Annual report of the Imperial Bacteriologist
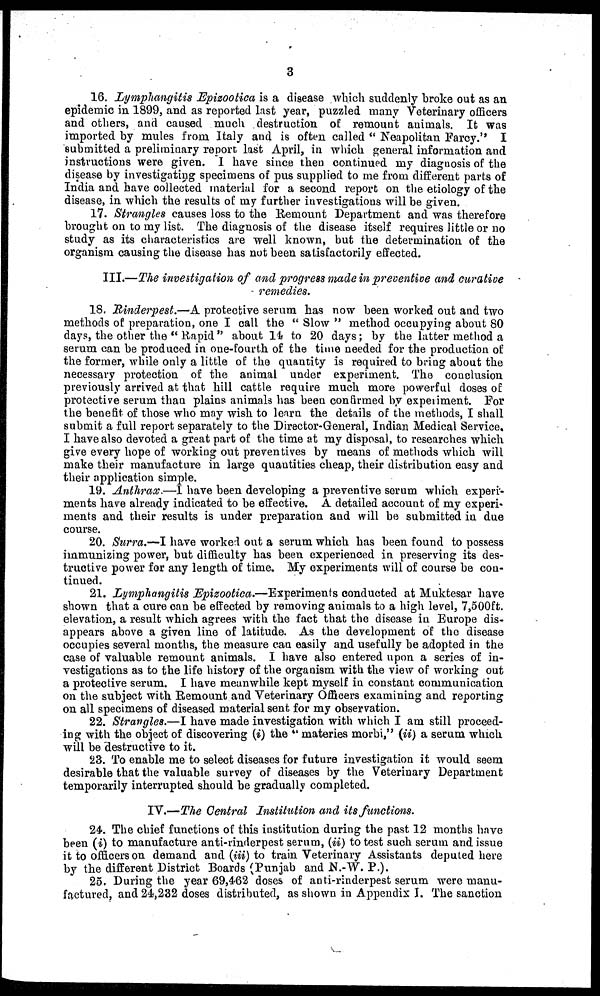
3
16. Lymphangitis Epizootica is a disease which suddenly broke out as an
epidemic in 1899, and as reported last year, puzzled many Veterinary officers
and others, and caused much destruction of remount animals. It was
imported by mules from Italy and is often called " Neapolitan Farcy." I
submitted a preliminary report last April, in which general information and
instructions were given. I have since then continued my diagnosis of the
disease by investigating specimens of pus supplied to me from different parts of
India and have collected material for a second report on the etiology of the
disease, in which the results of my further investigations will be given.
17. Strangles causes loss to the Remount Department and was therefore
brought on to my list. The diagnosis of the disease itself requires little or no
study as its characteristics are well known, but the determination of the
organism causing the disease has not been satisfactorily effected.
III.—The investigation of and progress made in preventive and curative
remedies.
18. Rinderpest.—A protective serum has now been worked out and two
methods of preparation, one I call the " Slow " method occupying about 80
days, the other the " Rapid " about 14 to 20 days ; by the latter method a
serum can be produced in one-fourth of the time needed for the production of
the former, while only a little of the quantity is required to bring about the
necessary protection of the animal under experiment. The conclusion
previously arrived at that hill cattle require much more powerful doses of
protective serum than plains animals has been confirmed by experiment. For
the benefit of those who may wish to learn the details of the methods, I shall
submit a full report separately to the Director-General, Indian Medical Service.
I have also devoted a great part of the time at my disposal, to researches which
give every hope of working out preventives by means of methods which will
make their manufacture in large quantities cheap, their distribution easy and
their application simple.
19. Anthrax.—I have been developing a preventive serum which experi-
ments have already indicated to be effective. A detailed account of my experi-
ments and their results is under preparation and will be submitted in due
course.
20. Surra.—I have worked out a serum which has been found to possess
immunizing power, but difficulty has been experienced in preserving its des-
tructive power for any length of time. My experiments will of course be con-
tinued.
21. Lymphangitis Epizootica.—Experiments conducted at Muktesar have
shown that a cure can be effected by removing animals to a high level, 7,500ft.
elevation, a result which agrees with the fact that the disease in Europe dis-
appears above a given line of latitude. As the development of the disease
occupies several months, the measure can easily and usefully be adopted in the
case of valuable remount animals. I have also entered upon a series of in-
vestigations as to the life history of the organism with the view of working out
a protective serum. I have meanwhile kept myself in constant communication
on the subject with Remount and Veterinary Officers examining and reporting
on all specimens of diseased material sent for my observation.
22. Strangles.—I have made investigation with which I am still proceed-
ing with the object of discovering (i) the " materies morbi," (ii) a serum which
will be destructive to it.
23. To enable me to select diseases for future investigation it would seem
desirable that the valuable survey of diseases by the Veterinary Department
temporarily interrupted should be gradually completed.
IV.—The Central Institution and its functions.
24. The chief functions of this institution during the past 12 months have
been (i) to manufacture anti-rinderpest serum, (ii) to test such serum and issue
it to officers on demand and (iii) to train Veterinary Assistants deputed here
by the different District Boards (Punjab and N.-W. P.).
25. During the year 69,462 doses of anti-rinderpest serum were manu-
factured, and 24,232 doses distributed, as shown in Appendix I. The sanction